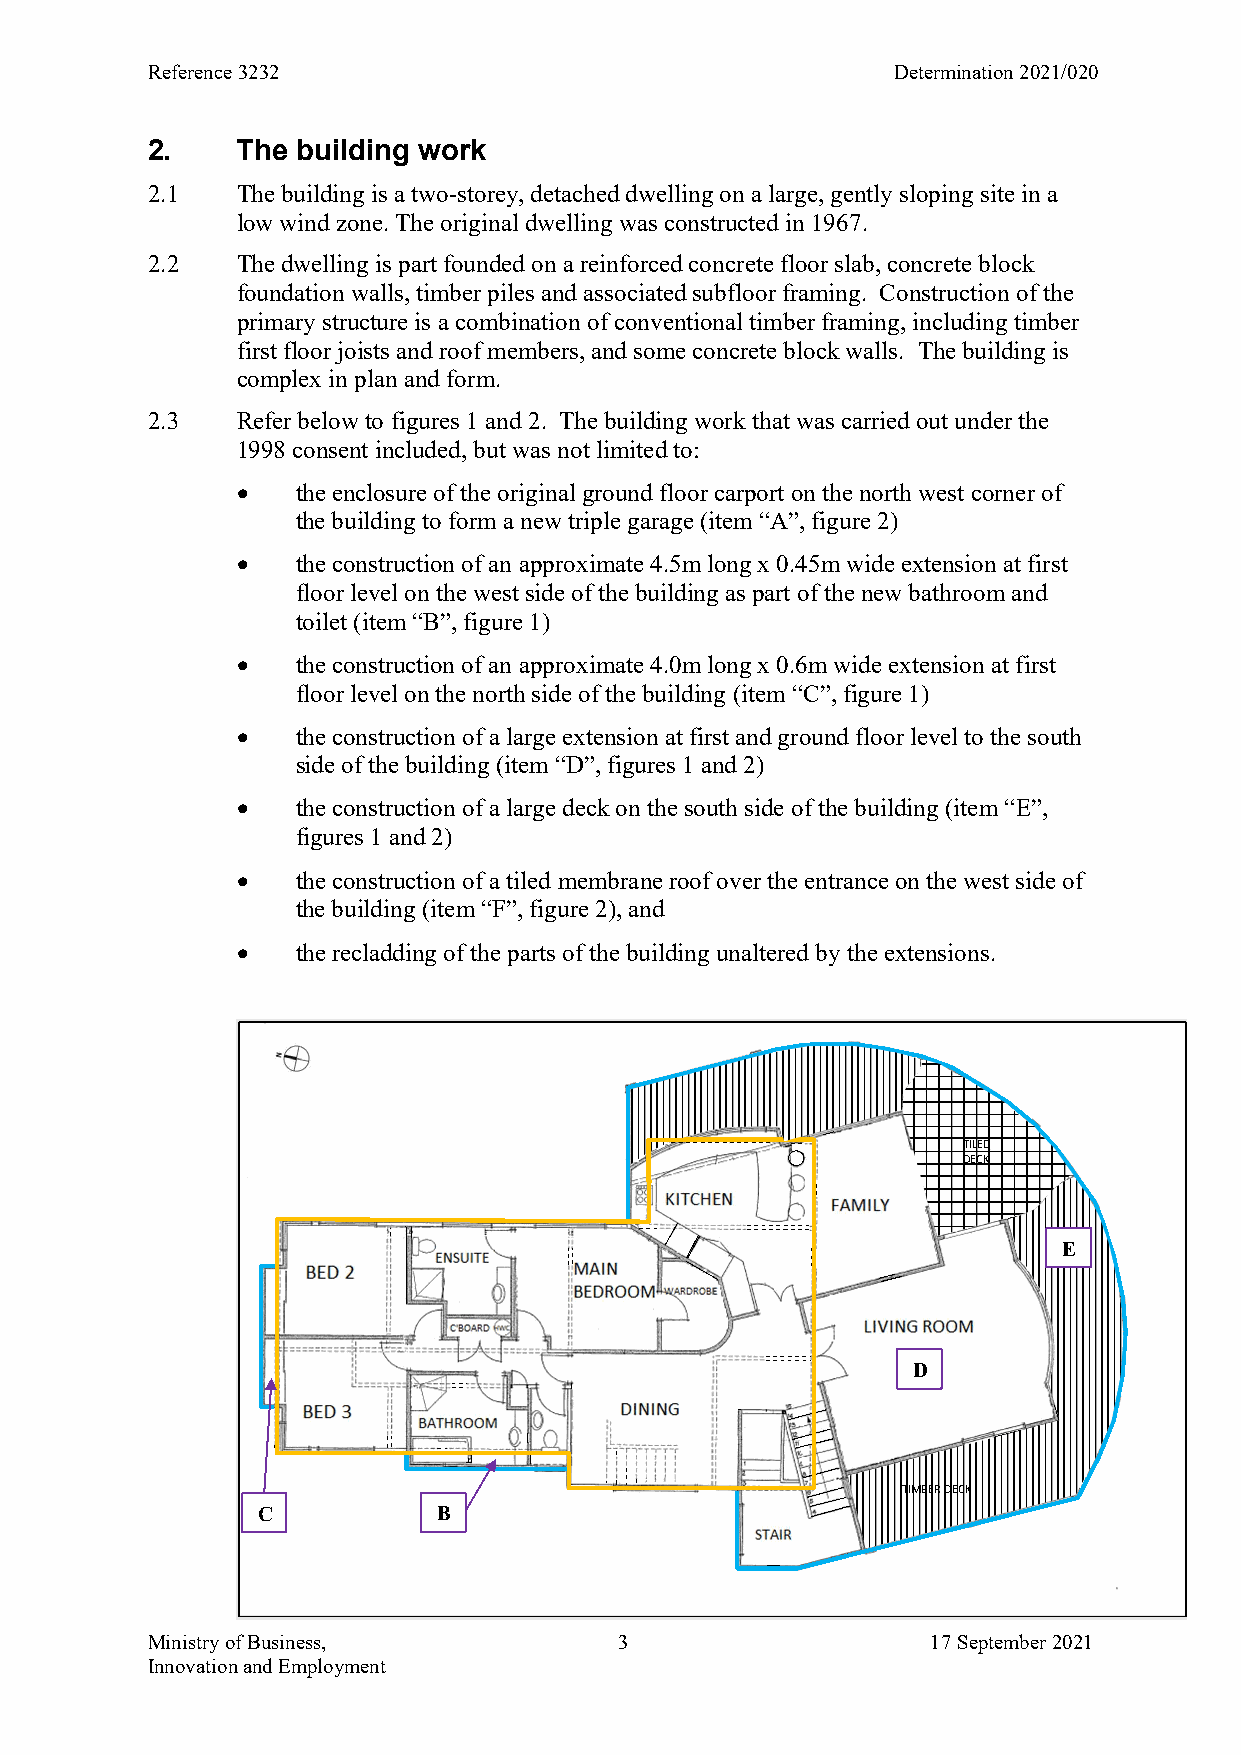
Reference 3232                                   Determination 2021/020
 2.    The building work
 2.1   The building is a two-storey, detached dwelling on a large, gently sloping site in a
 low wind zone. The original dwelling was constructed in 1967.
 2.2   The dwelling is part founded on a reinforced concrete floor slab, concrete block
 foundation walls, timber piles and associated subfloor framing. Construction of the
 primary structure is a combination of conventional timber framing, including timber
 first floor joists and roof members, and some concrete block walls. The building is
 complex in plan and form.
 2.3   Refer below to figures 1 and 2. The building work that was carried out under the
 1998 consent included, but was not limited to:
    the enclosure of the original ground floor carport on the north west corner of
 the building to form a new triple garage (item “A”, figure 2)
    the construction of an approximate 4.5m long x 0.45m wide extension at first
 floor level on the west side of the building as part of the new bathroom and
 toilet (item “B”, figure 1)
    the construction of an approximate 4.0m long x 0.6m wide extension at first
 floor level on the north side of the building (item “C”, figure 1)
    the construction of a large extension at first and ground floor level to the south
 side of the building (item “D”, figures 1 and 2)
    the construction of a large deck on the south side of the building (item “E”,
 figures 1 and 2)
    the construction of a tiled membrane roof over the entrance on the west side of
 the building (item “F”, figure 2), and
    the recladding of the parts of the building unaltered by the extensions.
 TILED
 DECK
 E
 D
 TIMBER DECK
 C           B
 Ministry of Business,          3                    17 September 2021
 Innovation and Employment